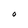
Character: O